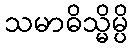
သမာဓိသ္မိမ္ပိ